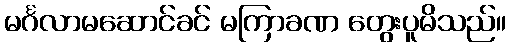
မင်္ဂလာမဆောင်ခင် မကြာခဏ တွေးပူမိသည်။